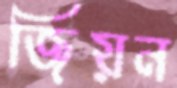
জিয়ন